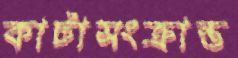
কাটাসংক্রান্ত